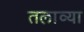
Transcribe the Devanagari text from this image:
तलाव्या